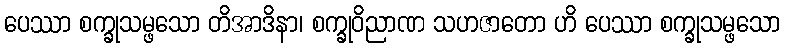
ပေဿာ စက္ခုသမ္ဖသော တိအာဒိနာ၊ စက္ခုဝိညာဏ သဟဇာတော ဟိ ပေဿာ စက္ခုသမ္ဖသော